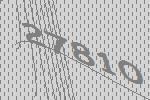
27810